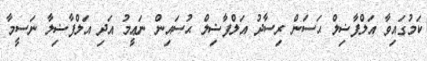
ކަމުގައިވާ އަލްފާޟިލް ޙަސަން ރިސާދު އަލްފާޟިލް ޙުސައިން ނަޢީމު އަދި އަލްފާޟިލާ ނަސީމާ